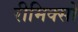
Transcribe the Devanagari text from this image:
रीमिक्सों